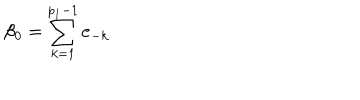
\beta _ { 0 } = \sum _ { k = 1 } ^ { p _ { 1 } - 1 } \mathbf { e } _ { - k }